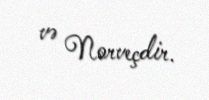
və Norveçdir.